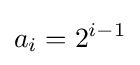
a_{i}=2^{i-1}